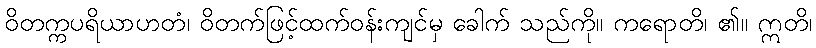
ဝိတက္ကပရိယာဟတံ၊ ဝိတက်ဖြင့်ထက်ဝန်းကျင်မှ ခေါက် သည်ကို။ ကရောတိ၊ ၏။ ဣတိ၊